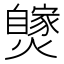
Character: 𤒝